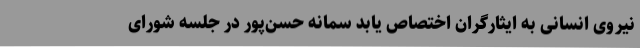
نیروی انسانی به ایثارگران اختصاص یابد سمانه حسن‌پور در جلسه شورای